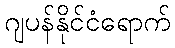
ဂျပန်နိုင်ငံရောက်